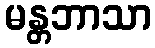
မန္တဘာသာ